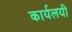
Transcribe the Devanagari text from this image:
कार्यलयी